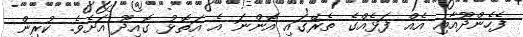
ފެހެންދޫއާއި އެއް ފަޅެއްގެ ތެރޭގައި އޮންނަ އެ އަތޮޅު ގޮއިދޫ އަށެވެ. ކުރިން